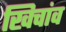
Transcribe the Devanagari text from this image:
खिचांव